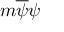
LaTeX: m { \overline { { \psi } } } \psi